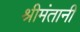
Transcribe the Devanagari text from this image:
श्रीमंतानी